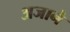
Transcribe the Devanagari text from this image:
अजाने